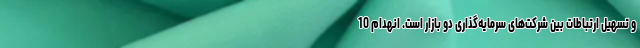
و تسهیل ارتباطات بین شرکت‌های سرمایه‌گذاری دو بازار است. انهدام 10